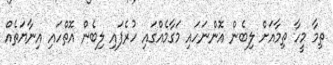
ތިމާ މީހާ ތިމާއަށް ލިބެން އޮންނަހައި މަގާމެއްގައި ހުރެފައި ލިބެން އޮތްހައި އިނާޔަތެއް